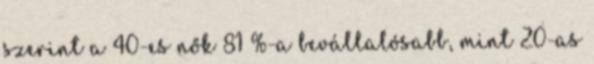
szerint a 40-es nők 81 %-a bevállalósabb, mint 20-as